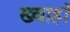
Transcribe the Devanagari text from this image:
ख्वाहाॅ